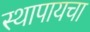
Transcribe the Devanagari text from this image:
स्थापायचा